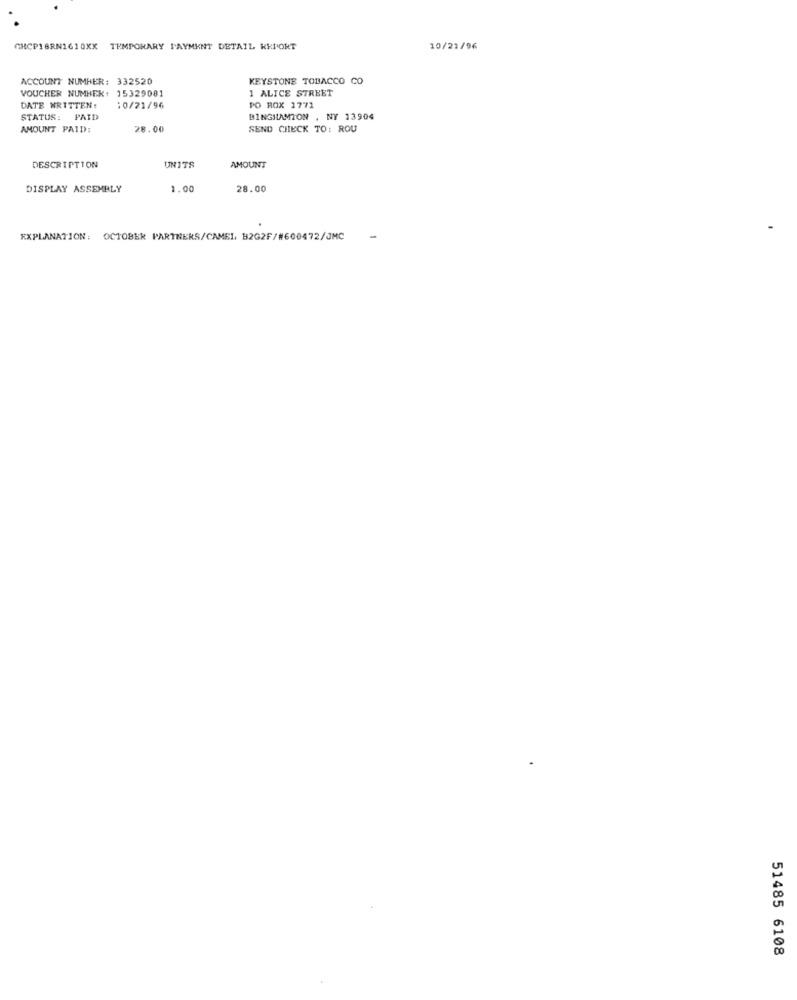
GHCP18RN1610XX TEMPORARY PAYMENT DETAIL KKPORT
10/23/96
ACCOUNT NUMHER: 332520
KEYSTONE TOBACCO CO
VOUCHER NUMHEK: 15329081
1 ALICE STREET
DATE WRITTEN:
10/21/96
PO ROX 1771
STATUS:
PAID
BINGHAMTON , NY 13904
AMOUNT PAID:
28.00
SEND CHECK TO: ROU
DESCRIPTION
UNITS
AMOUNT
DISPLAY ASSEMBLY
1.00
28.00
EXPLANATION: OCTOBER PARTNERS/CAMEL, B2G2F/#600472/JMC
51485 6108